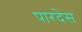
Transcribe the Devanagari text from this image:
पारदेस